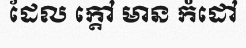
ដែល ក្តៅ មាន កំដៅ